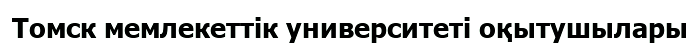
Томск мемлекеттік университеті оқытушылары